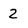
Character: 2